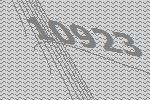
10923